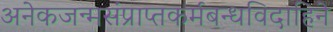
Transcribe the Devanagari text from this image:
अनेकजन्मसंप्राप्तकर्मबन्धविदाहिने